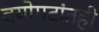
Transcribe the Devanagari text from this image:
वयोगटांतही